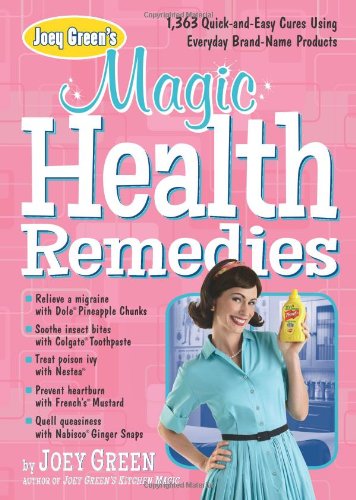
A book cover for Joey Green's Magic Health Remedies: 1,363 Quick-and-Easy Cures Using Brand-Name Products; Joey Green; Health, Fitness & Dieting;